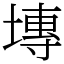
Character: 塼